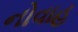
નોવાહ